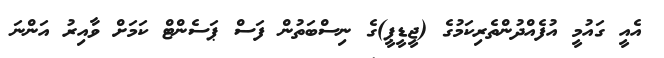
އެއީ ގައުމީ އުފެއްދުންތެރިކަމުގެ (ޖީޑީޕީ)ގެ ނިސްބަތުން ފަސް ޕަސެންޓް ކަމަށް ވާއިރު އަންނަ